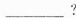
___ ?